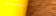
سيقتلوني